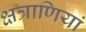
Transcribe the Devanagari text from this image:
क्षत्राणियां